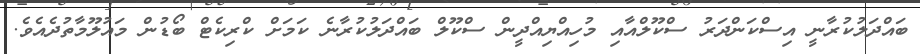
ބައްދަލުކުރާނީ އިސްކަންދަރު ސްކޫލްއާއި މުހިއްޔިއްދީން ސްކޫލް ބައްދަލުކުރާނެ ކަމަށް ކްރިކެޓް ބޯޑުން މައުލޫމާތުދެއެވެ.